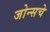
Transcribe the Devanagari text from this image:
जोन्सचे